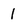
Character: 1